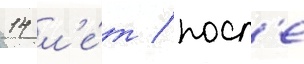
14 л'е́т / посл'е